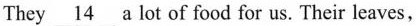
They \underline{14} a lot of food for us. Their leaves,